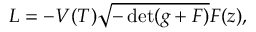
{ \cal L } = - V ( T ) \sqrt { - \operatorname * { d e t } ( g + F ) } { \cal F } ( z ) ,